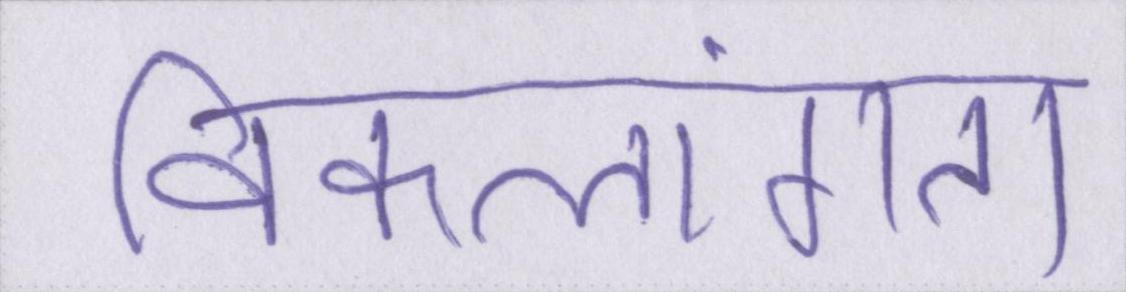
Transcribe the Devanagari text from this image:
विकलांगता